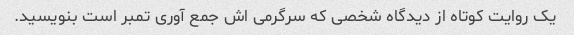
یک روایت کوتاه از دیدگاه شخصی که سرگرمی اش جمع آوری تمبر است بنویسید.